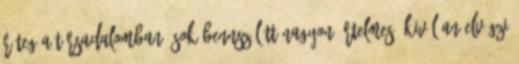
réteg a társadalomban. Sok bennszülött nagyon értelmes, kiválóan elvégzi